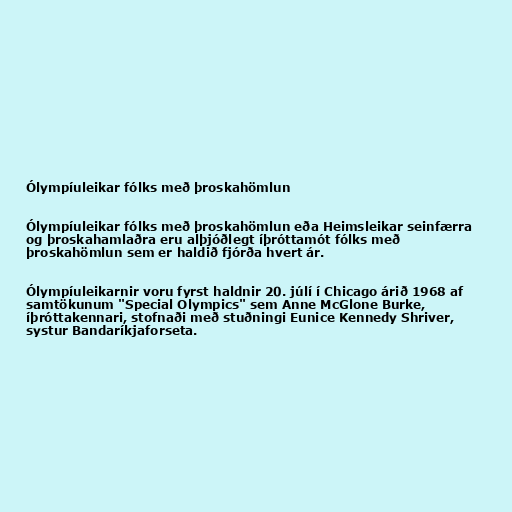
Ólympíuleikar fólks með þroskahömlun

Ólympíuleikar fólks með þroskahömlun eða Heimsleikar seinfærra
og þroskahamlaðra eru alþjóðlegt íþróttamót fólks með
þroskahömlun sem er haldið fjórða hvert ár.

Ólympíuleikarnir voru fyrst haldnir 20. júlí í Chicago árið 1968 af
samtökunum "Special Olympics" sem Anne McGlone Burke,
íþróttakennari, stofnaði með stuðningi Eunice Kennedy Shriver,
systur Bandaríkjaforseta.